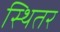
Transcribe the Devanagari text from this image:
स्थितर